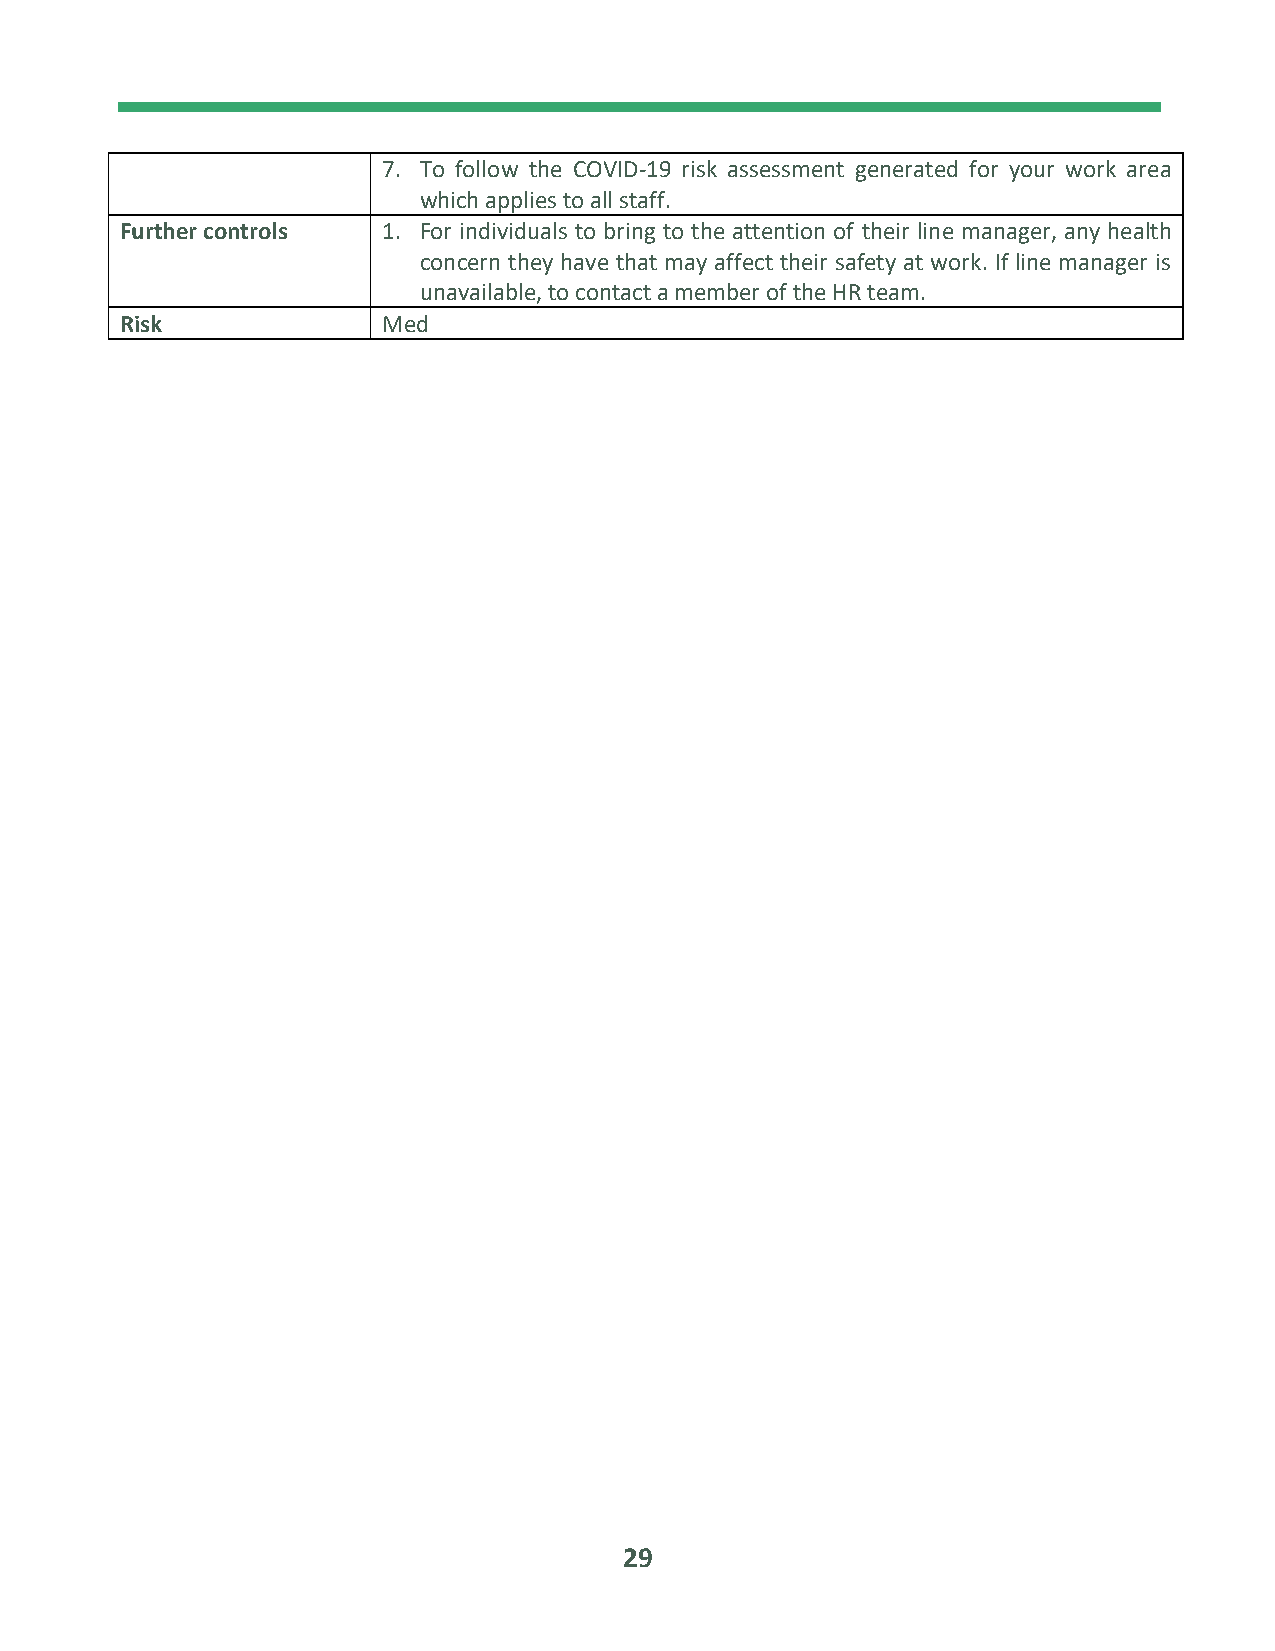
7. To follow the COVID-19 risk assessment generated for your work area
 which applies to all staff.
 Further controls 1. For individuals to bring to the attention of their line manager, any health
 concern they have that may affect their safety at work. If line manager is
 unavailable, to contact a member of the HR team.
 Risk             Med
 29